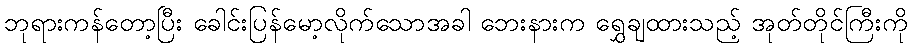
ဘုရားကန်တော့ပြီး ခေါင်းပြန်မော့လိုက်သောအခါ ဘေးနားက ရွှေချထားသည့် အုတ်တိုင်ကြီးကို